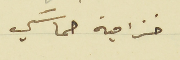
خزامية حماسَي